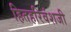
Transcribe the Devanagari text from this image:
हितहरिवंशजी